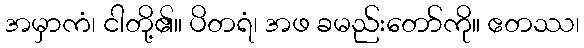
အမှာကံ၊ ငါတို့၏။ ပိတရံ၊ အဖ ခမည်းတော်ကို။ ဧတဿ၊